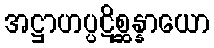
အဋ္ဌာဟပ္ပဋိစ္ဆန္နာယော